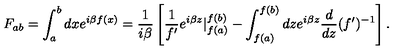
F _ { a b } = \int _ { a } ^ { b } d x e ^ { i \beta f ( x ) } = \frac { 1 } { i \beta } \left[ \frac { 1 } { f { ' } } e ^ { i \beta z } | _ { f ( a ) } ^ { f ( b ) } - \int _ { f ( a ) } ^ { f ( b ) } d z e ^ { i \beta z } \frac { d } { d z } ( f { ' } ) ^ { - 1 } \right] .